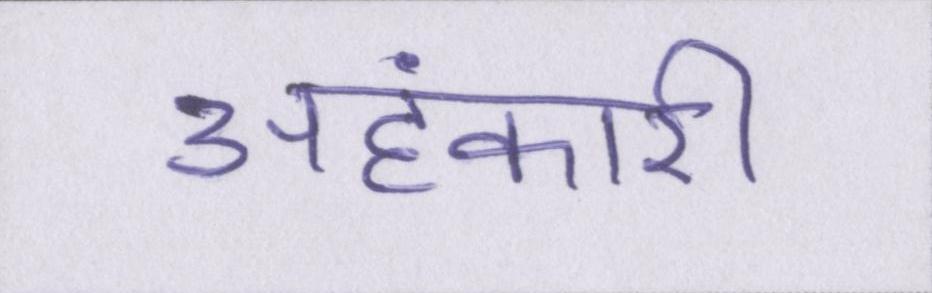
अहंकारी